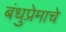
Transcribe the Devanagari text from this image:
बंधुप्रेमाचे